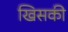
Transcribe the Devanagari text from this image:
खिसकी